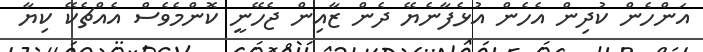
އަންހެން ކުދިން އެހެން އުޅެފާނެޔޭ ދެން ޒާއިން ޖެހޭނީ ކޮންމެވެސް އެއްޗެކޭ ކިޔާ